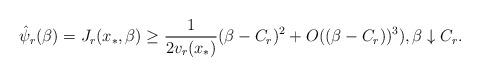
LaTeX: \begin{align*}\hat\psi_r(\beta) = J_r(x_*,\beta) \geq \frac{1}{2v_r(x_*)}(\beta-C_r)^2+O((\beta-C_r))^3), \beta\downarrow C_r.\end{align*}